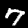
Label: 7